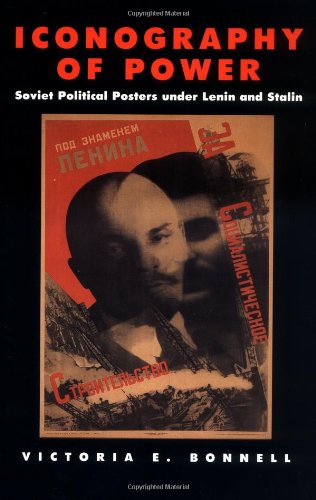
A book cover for Iconography of Power: Soviet Political Posters under Lenin and Stalin; Victoria E. Bonnell; Crafts, Hobbies & Home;